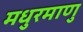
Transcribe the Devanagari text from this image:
मधुरमाणु